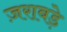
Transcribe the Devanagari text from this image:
ज़राबड़े